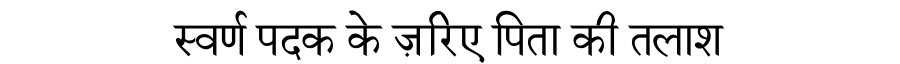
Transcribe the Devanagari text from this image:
स्वर्ण पदक के ज़रिए पिता की तलाश